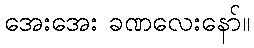
အေးအေး ခဏလေးနော်။